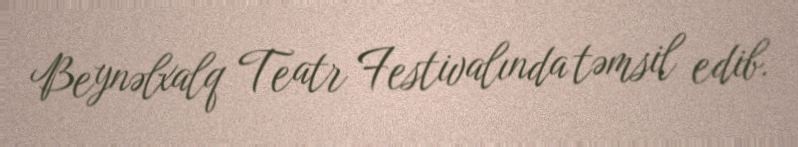
Beynəlxalq Teatr Festivalında təmsil edib.